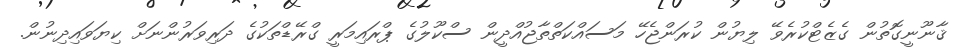
ޤާނޫނީގޮތުން ގެޒެޓްކުރެވޭ ލިޔުން ކުރަންޖެހޭ މަސައްކަތްތާޖުއްދީން ސްކޫލުގެ ޕްރައިމަރީ ގްރޭޑްތަކުގެ ދަރިވަރުންނަށް ކިޔަވައިދިނުން.